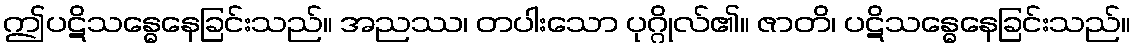
ဤပဋိသန္ဓေနေခြင်းသည်။ အညဿ၊ တပါးသော ပုဂ္ဂိုလ်၏။ ဇာတိ၊ ပဋိသန္ဓေနေခြင်းသည်။